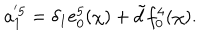
LaTeX: a _ { 1 } ^ { ' 5 } = \delta _ { 1 } e _ { 0 } ^ { 5 } ( \chi ) + \tilde { d } f _ { 0 } ^ { 4 } ( \chi ) .